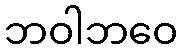
ဘဝါဘဝေ